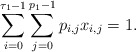
\begin{align*}\sum_{i=0}^{\tau_{1}-1}\sum_{j=0}^{p_{1}-1}p_{i, j}x_{i, j}=1.\end{align*}